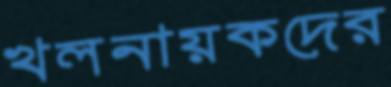
খলনায়কদের